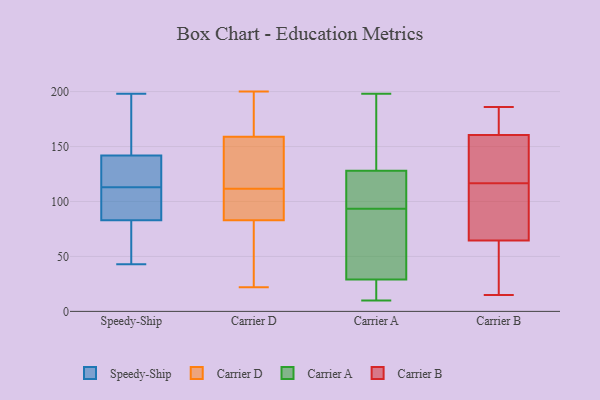
{"axis": {"x": "Bounce Rate (%)", "y": "Value"}, "legend": ["Carrier A", "Carrier B", "Carrier D", "Speedy-Ship"], "data": [{"x": "", "y": 125, "type": "Speedy-Ship"}, {"x": "", "y": 144, "type": "Speedy-Ship"}, {"x": "", "y": 97, "type": "Speedy-Ship"}, {"x": "", "y": 113, "type": "Speedy-Ship"}, {"x": "", "y": 57, "type": "Speedy-Ship"}, {"x": "", "y": 83, "type": "Speedy-Ship"}, {"x": "", "y": 115, "type": "Speedy-Ship"}, {"x": "", "y": 135, "type": "Speedy-Ship"}, {"x": "", "y": 43, "type": "Speedy-Ship"}, {"x": "", "y": 198, "type": "Speedy-Ship"}, {"x": "", "y": 173, "type": "Speedy-Ship"}, {"x": "", "y": 71, "type": "Speedy-Ship"}, {"x": "", "y": 97, "type": "Speedy-Ship"}, {"x": "", "y": 165, "type": "Speedy-Ship"}, {"x": "", "y": 83, "type": "Speedy-Ship"}, {"x": "", "y": 107, "type": "Carrier D"}, {"x": "", "y": 90, "type": "Carrier D"}, {"x": "", "y": 159, "type": "Carrier D"}, {"x": "", "y": 184, "type": "Carrier D"}, {"x": "", "y": 119, "type": "Carrier D"}, {"x": "", "y": 188, "type": "Carrier D"}, {"x": "", "y": 77, "type": "Carrier D"}, {"x": "", "y": 200, "type": "Carrier D"}, {"x": "", "y": 83, "type": "Carrier D"}, {"x": "", "y": 22, "type": "Carrier D"}, {"x": "", "y": 108, "type": "Carrier D"}, {"x": "", "y": 29, "type": "Carrier D"}, {"x": "", "y": 86, "type": "Carrier D"}, {"x": "", "y": 33, "type": "Carrier D"}, {"x": "", "y": 142, "type": "Carrier D"}, {"x": "", "y": 115, "type": "Carrier D"}, {"x": "", "y": 134, "type": "Carrier D"}, {"x": "", "y": 162, "type": "Carrier D"}, {"x": "", "y": 10, "type": "Carrier A"}, {"x": "", "y": 21, "type": "Carrier A"}, {"x": "", "y": 156, "type": "Carrier A"}, {"x": "", "y": 109, "type": "Carrier A"}, {"x": "", "y": 116, "type": "Carrier A"}, {"x": "", "y": 30, "type": "Carrier A"}, {"x": "", "y": 128, "type": "Carrier A"}, {"x": "", "y": 198, "type": "Carrier A"}, {"x": "", "y": 78, "type": "Carrier A"}, {"x": "", "y": 29, "type": "Carrier A"}, {"x": "", "y": 113, "type": "Carrier B"}, {"x": "", "y": 146, "type": "Carrier B"}, {"x": "", "y": 58, "type": "Carrier B"}, {"x": "", "y": 112, "type": "Carrier B"}, {"x": "", "y": 186, "type": "Carrier B"}, {"x": "", "y": 120, "type": "Carrier B"}, {"x": "", "y": 15, "type": "Carrier B"}, {"x": "", "y": 35, "type": "Carrier B"}, {"x": "", "y": 71, "type": "Carrier B"}, {"x": "", "y": 19, "type": "Carrier B"}, {"x": "", "y": 182, "type": "Carrier B"}, {"x": "", "y": 172, "type": "Carrier B"}, {"x": "", "y": 131, "type": "Carrier B"}, {"x": "", "y": 150, "type": "Carrier B"}, {"x": "", "y": 171, "type": "Carrier B"}, {"x": "", "y": 105, "type": "Carrier B"}]}